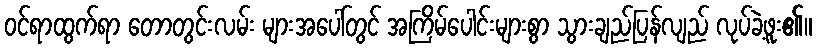
ဝင်ရာထွက်ရာ တောတွင်းလမ်း များအပေါ်တွင် အကြိမ်ပေါင်းများစွာ သွားချည်ပြန်လျည် လုပ်ခဲ့ဖူး၏။